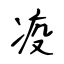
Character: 疫